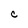
Character: C